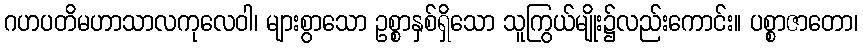
ဂဟပတိမဟာသာလကုလေဝါ၊ များစွာသော ဥစ္စာနှစ်ရှိသော သူကြွယ်မျိုး၌လည်းကောင်း။ ပစ္စာဇာတော၊